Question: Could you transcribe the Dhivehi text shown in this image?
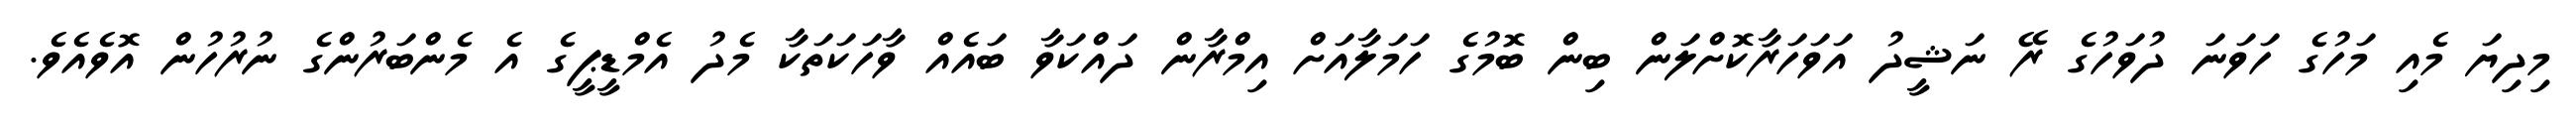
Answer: މިދިޔަ މެއި މަހުގެ ހަވަނަ ދުވަހުގެ ރޭ ނަޝީދު އަވަހަރާކޮށްލަން ބިން ބޮމުގެ ހަމަލާއަށް އިމްރާން ދައްކަވާ ބައެއް ވާހަކަތަކާ މެދު އެމްޑީޕީގެ އެ މެންބަރުންގެ ނުރުހުން އޮވެއެވެ.